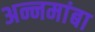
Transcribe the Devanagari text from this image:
अन्नमांबा